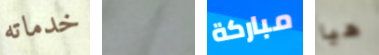
خدماته سجين مباركة هيا